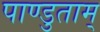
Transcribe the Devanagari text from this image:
पाण्डुताम्‌